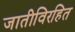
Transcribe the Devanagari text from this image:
जातीविरहित